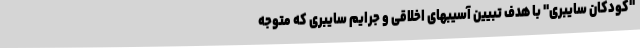
"کودکان سایبری" با هدف تبیین آسیبهای اخلاقی و جرایم سایبری که متوجه